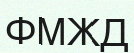
ФМЖД